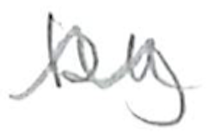
Text: by
Cross-out: mix
Writing tool: pencil